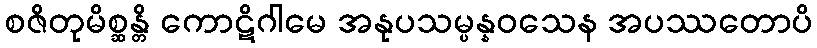
စဇိတုမိစ္ဆန္တိ ကောဋိဂါမေ အနုပသမ္ပန္နဝသေန အပဿတောပိ